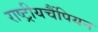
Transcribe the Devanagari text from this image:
राष्ट्रीयचैंपियन